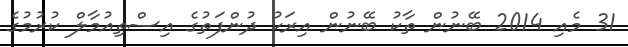
31 މެއި 2014 ބޭނުން ތާކު ބޭނުން އިރަކު ދުންފަތުގެ އިސްތިއުމާލް ކުރުމުގެ